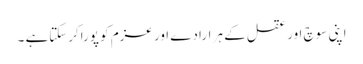
اپنی سوچ اور عقل کے ہر ارادے اور عزم کو پوراکرسکتاہے ۔